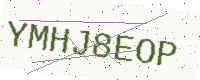
Text: YMHJ8EOP